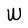
Character: W